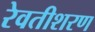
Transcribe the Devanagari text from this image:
रेवतीशरण